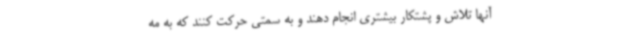
آنها تلاش و پشتکار بیشتری انجام دهند و به سمتی حرکت کنند که به مه